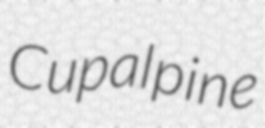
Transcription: Cup alpine